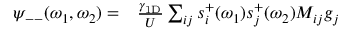
\begin{array} { r l } { \psi _ { -- } ( \omega _ { 1 } , \omega _ { 2 } ) = } & { { } \frac { \gamma _ { \mathrm { 1 D } } } { U } \sum _ { i j } s _ { i } ^ { + } ( \omega _ { 1 } ) s _ { j } ^ { + } ( \omega _ { 2 } ) M _ { i j } g _ { j } } \end{array}